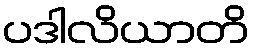
ပဒါလိယာတိ